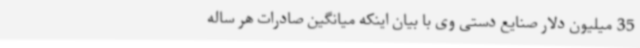
35 میلیون دلار صنایع دستی وی با بیان اینکه میانگین صادرات هر ساله